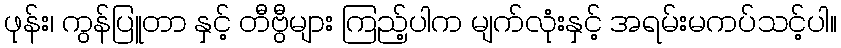
ဖုန်း၊ ကွန်ပြူတာ နှင့် တီဗွီများ ကြည့်ပါက မျက်လုံးနှင့် အရမ်းမကပ်သင့်ပါ။